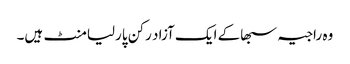
وہ راجیہ سبھاکے ایک آزاد رکن پارلیامنٹ ہیں۔